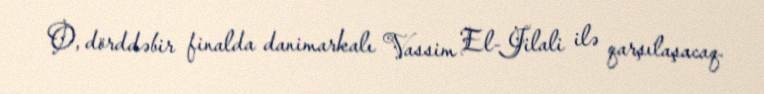
O, dörddəbir finalda danimarkalı Vassim El-Jilali ilə qarşılaşacaq.